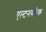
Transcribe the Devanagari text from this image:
एल्टनस्टीक